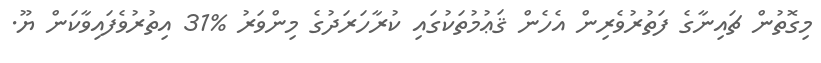
މިގޮތުން ޗައިނާގެ ފަތުރުވެރިން އެހެން ޤަޢުމުތަކުގައި ކުރާހަރަދުގެ މިންވަރު %31 އިތުރުވެފައިވާކަން ޔޫ.